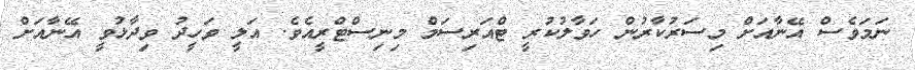
ނަމަވެސް އޭނާއަަށް މިސަރުކާރުން ހަވާލުކުރީ ޓްއަރިސަމް މިނިސްޓްރީއެވެ. އަލީ ވަހީދު ވިދާޅުވީ އޭނާއަށް